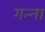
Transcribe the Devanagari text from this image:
गन्‍ना